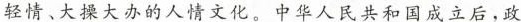
轻情、大操大办的人情文化。中华人民共和国成立后，政